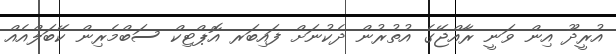
އުރީދޫ އިން ވަނީ ރާއްޖޭގެ އުތުރުން ދެކުނަށް ފައިބަރ އޮޕްޓިކް ސަބްމެރިން ކޭބަލްއެއް